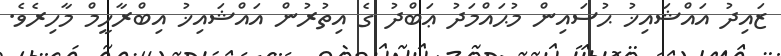
ޒައިދު އައްޝައިޚު ޙުސައިން މުޙައްމަދު ޢަބްދު ގެ އިތުރުން އައްޝައިޚު އިބްރާހީމް މާހިރެވެ.